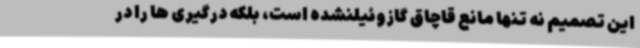
این تصمیم نه تنها مانع قاچاق گازوئیلنشده است، بلکه درگیری ها را در